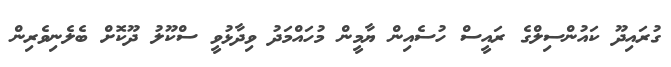
ގުރައިދޫ ކައުންސިލްގެ ރައީސް ހުސެއިން ޔާމީން މުހައްމަދު ވިދާޅުވީ ސްކޫލު ދޫކޮށް ބެލެނިވެރިން